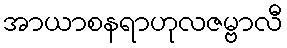
အာယာစနရာဟုလဇမ္ဗာလီ